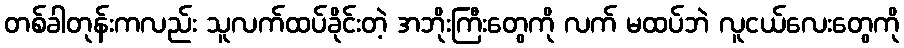
တစ်ခါတုန်းကလည်း သူလက်ထပ်ခိုင်းတဲ့ အဘိုးကြီးတွေကို လက် မထပ်ဘဲ လူငယ်လေးတွေကို